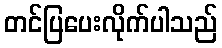
တင်ပြပေးလိုက်ပါသည်